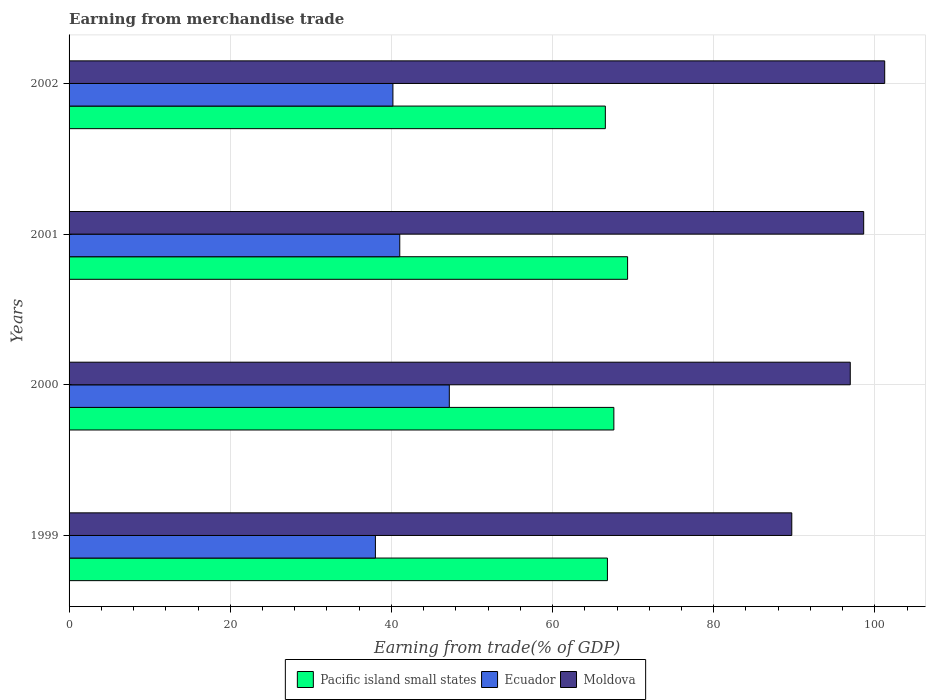
| Years | Pacific island small states | Ecuador | Moldova |
 | --- | --- | --- | --- |
 | 1999 | 66.8 | 38 | 89.7 |
 | 2000 | 67.6 | 47.2 | 96.9 |
 | 2001 | 69.3 | 41 | 98.6 |
 | 2002 | 66.5 | 40.2 | 101 |